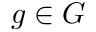
g \in G